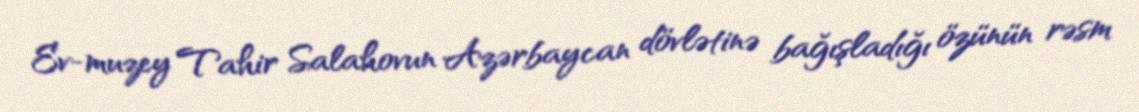
Ev-muzey Tahir Salahovun Azərbaycan dövlətinə bağışladığı özünün rəsm